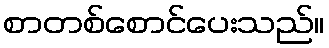
စာတစ်စောင်ပေးသည်။